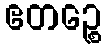
ဧတဉ္စေ